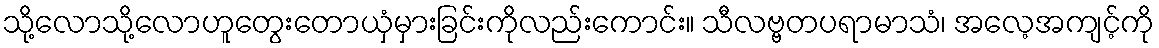
သို့လောသို့လောဟူတွေးတောယှံမှားခြင်းကိုလည်းကောင်း။ သီလဗ္ဗတပရာမာသံ၊ အလေ့အကျင့်ကို